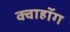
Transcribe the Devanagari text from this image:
क्वाहॉग